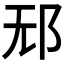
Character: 𰻡